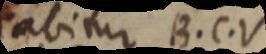
dabitur B. C.V